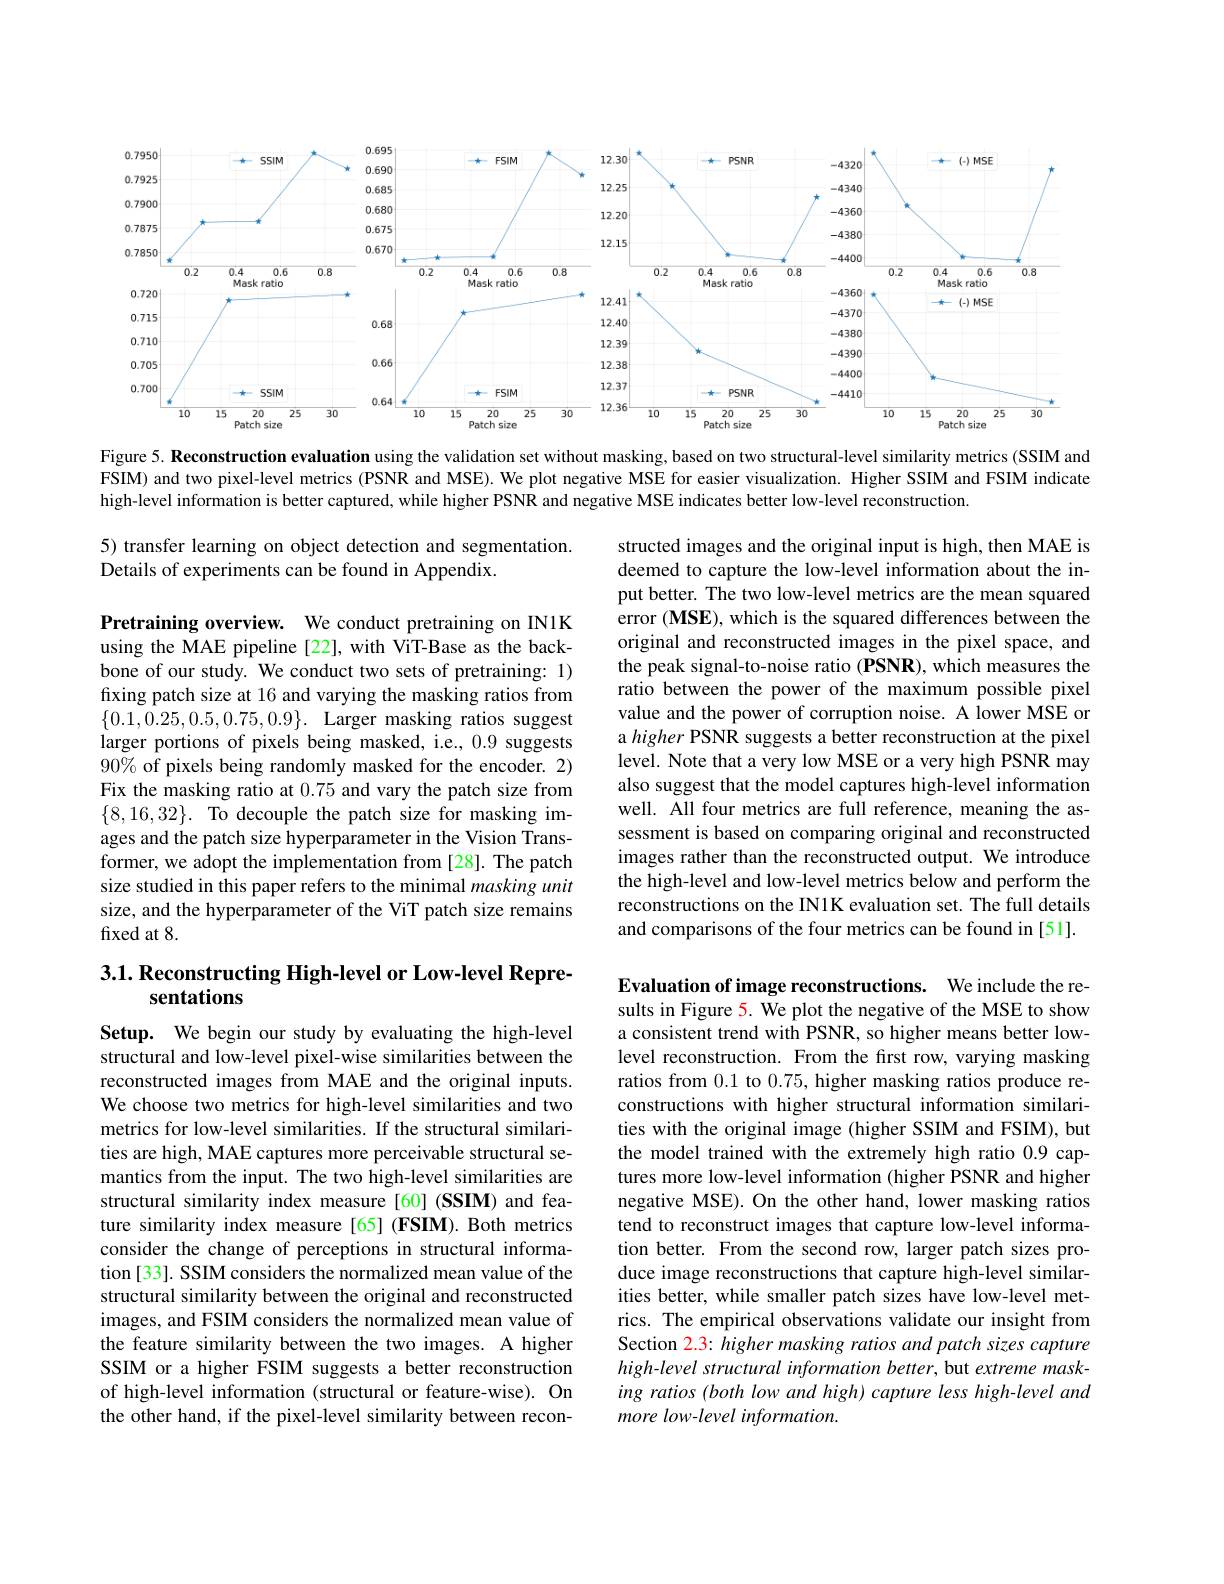
<FigureHere>

Figure 5. Reconstruction evaluation using the validation set without masking, based on two structural-level similarity metrics (SSIM and FSIM) and two pixel-level metrics (PSNR and MSE). We plot negative MSE for easier visualization. Higher SSIM and FSIM indicate high-level information is better captured, while higher PSNR and negative MSE indicates better low-level reconstruction.

5) transfer learning on object detection and segmentation.
Details of experiments can be found in Appendix.

structed images and the original input is high, then MAE is deemed to capture the low-level information about the input better. The two low-level metrics are the mean squared error $(\mathbf{MSE})$, which is the squared differences between the original and reconstructed images in the pixel space, and the peak signal-to-noise ratio (PSNR), which measures the ratio between the power of the maximum possible pixel value and the power of corruption noise. A lower MSE or a higher PSNR suggests a better reconstruction at the pixel level. Note that a very low MSE or a very high PSNR may also suggest that the model captures high-level information well. All four metrics are full reference, meaning the assessment is based on comparing original and reconstructed images rather than the reconstructed output. We introduce the high-level and low-level metrics below and perform the reconstructions on the IN1K evaluation set. The full details and comparisons of the four metrics can be found in [51].

Pretraining overview. We conduct pretraining on IN1K using the MAE pipeline [22], with ViT-Base as the backbone of our study. We conduct two sets of pretraining: 1) fixing patch size at 16 and varying the masking ratios from $\{0.1,0.25,0.5,0.75,0.9\}.$ Larger masking ratios suggest larger portions of pixels being masked, i.e., 0.9 suggests 90% of pixels being randomly masked for the encoder. 2) Fix the masking ratio at 0.75 and vary the patch size from $\{8,16,32\}.$ To decouple the patch size for masking images and the patch size hyperparameter in the Vision Transformer, we adopt the implementation from [28]. The patch size studied in this paper refers to the minimal masking unit size, and the hyperparameter of the ViT patch size remains fixed at 8.

## $3. 1. \textbf{ Reconstructing High- level or Low- level Repre- }$ sentations

Evaluation of image reconstructions. We include the results in Figure 5. We plot the negative of the MSE to show a consistent trend with PSNR, so higher means better lowlevel reconstruction. From the first row, varying masking ratios from 0.1 to 0.75, higher masking ratios produce reconstructions with higher structural information similarities with the original image (higher SSIM and FSIM), but the model trained with the extremely high ratio 0.9 captures more low-level information (higher PSNR and higher negative MSE). On the other hand, lower masking ratios tend to reconstruct images that capture low-level information better. From the second row, larger patch sizes produce image reconstructions that capture high-level similarities better, while smaller patch sizes have low-level metrics. The empirical observations validate our insight from Section 2.3: higher masking ratios and patch sizes capture high-level structural information better, but extreme masking ratios (both low and high) capture less high-level and more low-level information.

Setup. We begin our study by evaluating the high-level structural and low-level pixel-wise similarities between the reconstructed images from MAE and the original inputs. We choose two metrics for high-level similarities and two metrics for low-level similarities. If the structural similarities are high, MAE captures more perceivable structural semantics from the input. The two high-level similarities are structural similarity index measure[60] (SSIM) and feature similarity index measure[65] (FSIM).Both metrics consider the change of perceptions in structural information [33]. SSIM considers the normalized mean value of the structural similarity between the original and reconstructed images, and FSIM considers the normalized mean value of the feature similarity between the two images. A higher SSIM or a higher FSIM suggests a better reconstruction of high-level information (structural or feature-wise). On the other hand, if the pixel-level similarity between recon-